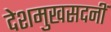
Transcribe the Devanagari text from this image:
देशमुखसदनीं